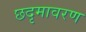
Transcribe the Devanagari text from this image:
छदृमावरण